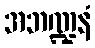
အဘဏ္ဍနံ